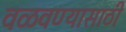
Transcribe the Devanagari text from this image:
वळवण्यासाठी